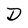
Character: D